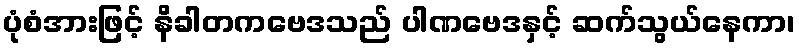
ပုံစံအားဖြင့် နိခါတကဗေဒသည် ပါဏဗေဒနှင့် ဆက်သွယ်နေကာ၊